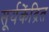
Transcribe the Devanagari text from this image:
सूर्यकेंद्रित